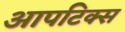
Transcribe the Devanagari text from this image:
आपटिक्स